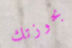
بحوزتك